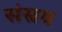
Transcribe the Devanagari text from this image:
संस्रय